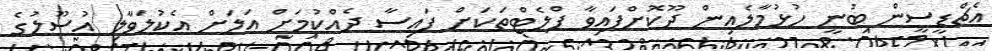
އެޗްޑީސީން ބުނީ ހުޅުމާލެއިން ދޫކޮށްފައިވާ ފްލެޓްތަކަށް ފައިސާ ދެއްކުމަށް އަލަށް އެކުލަވާލި އުސޫލުގެ